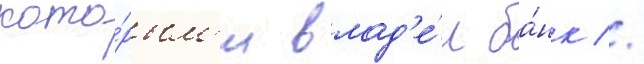
кото́рым'и влад'е́л ба́нк //